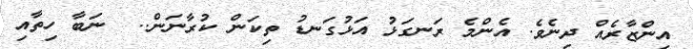
އިންޒާރެއް ދިނެވެ. އެންމެ ރަނގަޅު އަޅުގަނޑު ތިކަން ކުރާނަން..  ނަބާ ހިތާއި